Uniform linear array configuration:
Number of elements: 24
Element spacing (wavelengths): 0.25
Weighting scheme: hann
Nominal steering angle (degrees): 0
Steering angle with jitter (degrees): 0.4517
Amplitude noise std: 0.05
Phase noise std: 0.05

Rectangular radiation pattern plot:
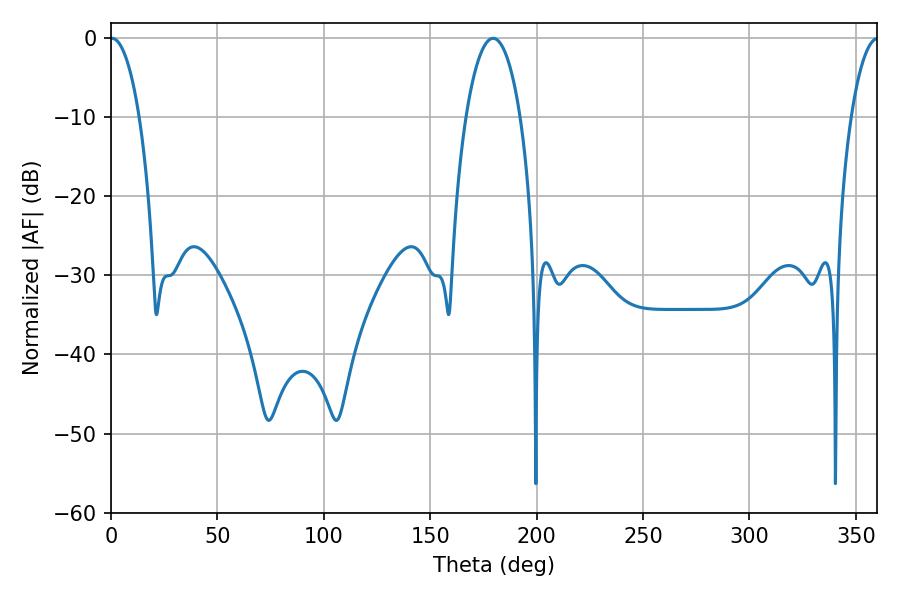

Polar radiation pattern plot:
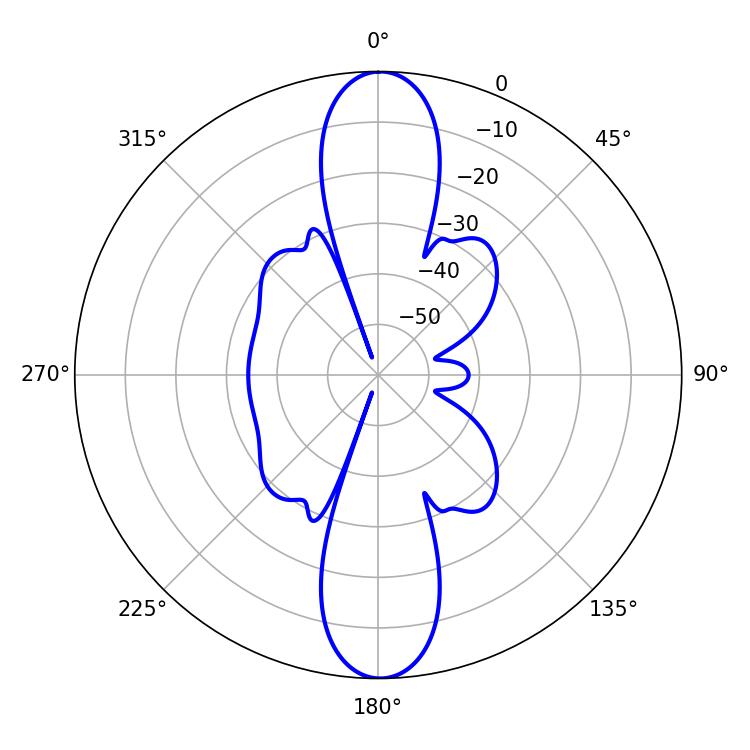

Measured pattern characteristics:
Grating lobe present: FALSE
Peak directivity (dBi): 26.625
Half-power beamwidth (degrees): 7.56
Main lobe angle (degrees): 0.36